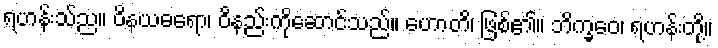
ရဟန်းသ်ည။ ဝိနယဓရော၊ ဝိနည်းကိုဆောင်သည်။ ဟောတိ၊ ဖြစ်၏။ ဘိက္ခဝေ၊ ရဟန်းတို့။